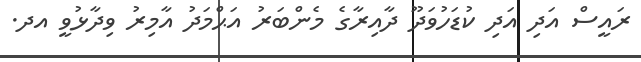
ރައީސް އަދި އަދި ކުޑަހުވަދޫ ދާއިރާގެ މެންބަރު އަޙްމަދު އާމިރު ވިދާޅުވީ އދ.